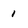
Character: 1